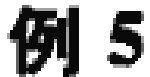
例 5